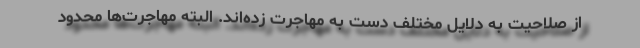
از صلاحیت به دلایل مختلف دست به مهاجرت زده‌اند. البته مهاجرت‌ها محدود